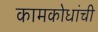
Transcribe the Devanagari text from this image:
कामकोधांची